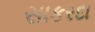
સાકરદા